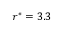
r ^ { * } = 3 . 3